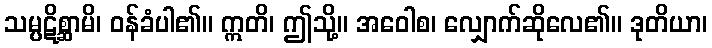
သမ္ပဋိစ္ဆာမိ၊ ဝန်ခံပါ၏။ ဣတိ၊ ဤသို့။ အဝေါစ၊ လျှောက်ဆိုလေ၏။ ဒုတိယာ၊